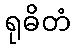
ရုဓိတံ